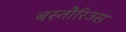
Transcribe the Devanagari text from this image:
बस्तौरिउस